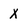
Character: x